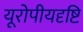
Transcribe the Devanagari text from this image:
यूरोपीयदृष्टि